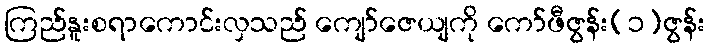
ကြည်နူးစရာကောင်းလှသည် ကျော်ဇေယျကို ကော်ဖီဇွန်း(၁)ဇွန်း